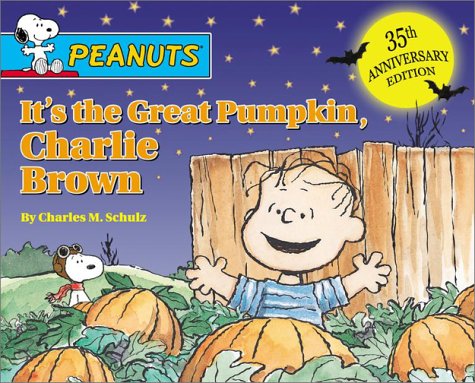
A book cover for It's the Great Pumpkin, Charlie Brown; Charles M. Schulz; Children's Books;